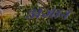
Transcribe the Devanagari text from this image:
३।ज्ञान